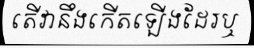
តើវានឹងកើតឡើងដែរឬ